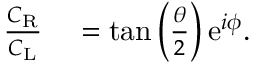
\begin{array} { r l } { \frac { C _ { \mathrm { R } } } { C _ { \mathrm { L } } } } & { { } = \tan \left( \frac { \theta } { 2 } \right) \mathrm { e } ^ { i \phi } . } \end{array}